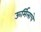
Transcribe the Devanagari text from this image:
ऊर्मिलाचे